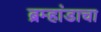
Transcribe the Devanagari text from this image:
ब्रम्हांडाचा